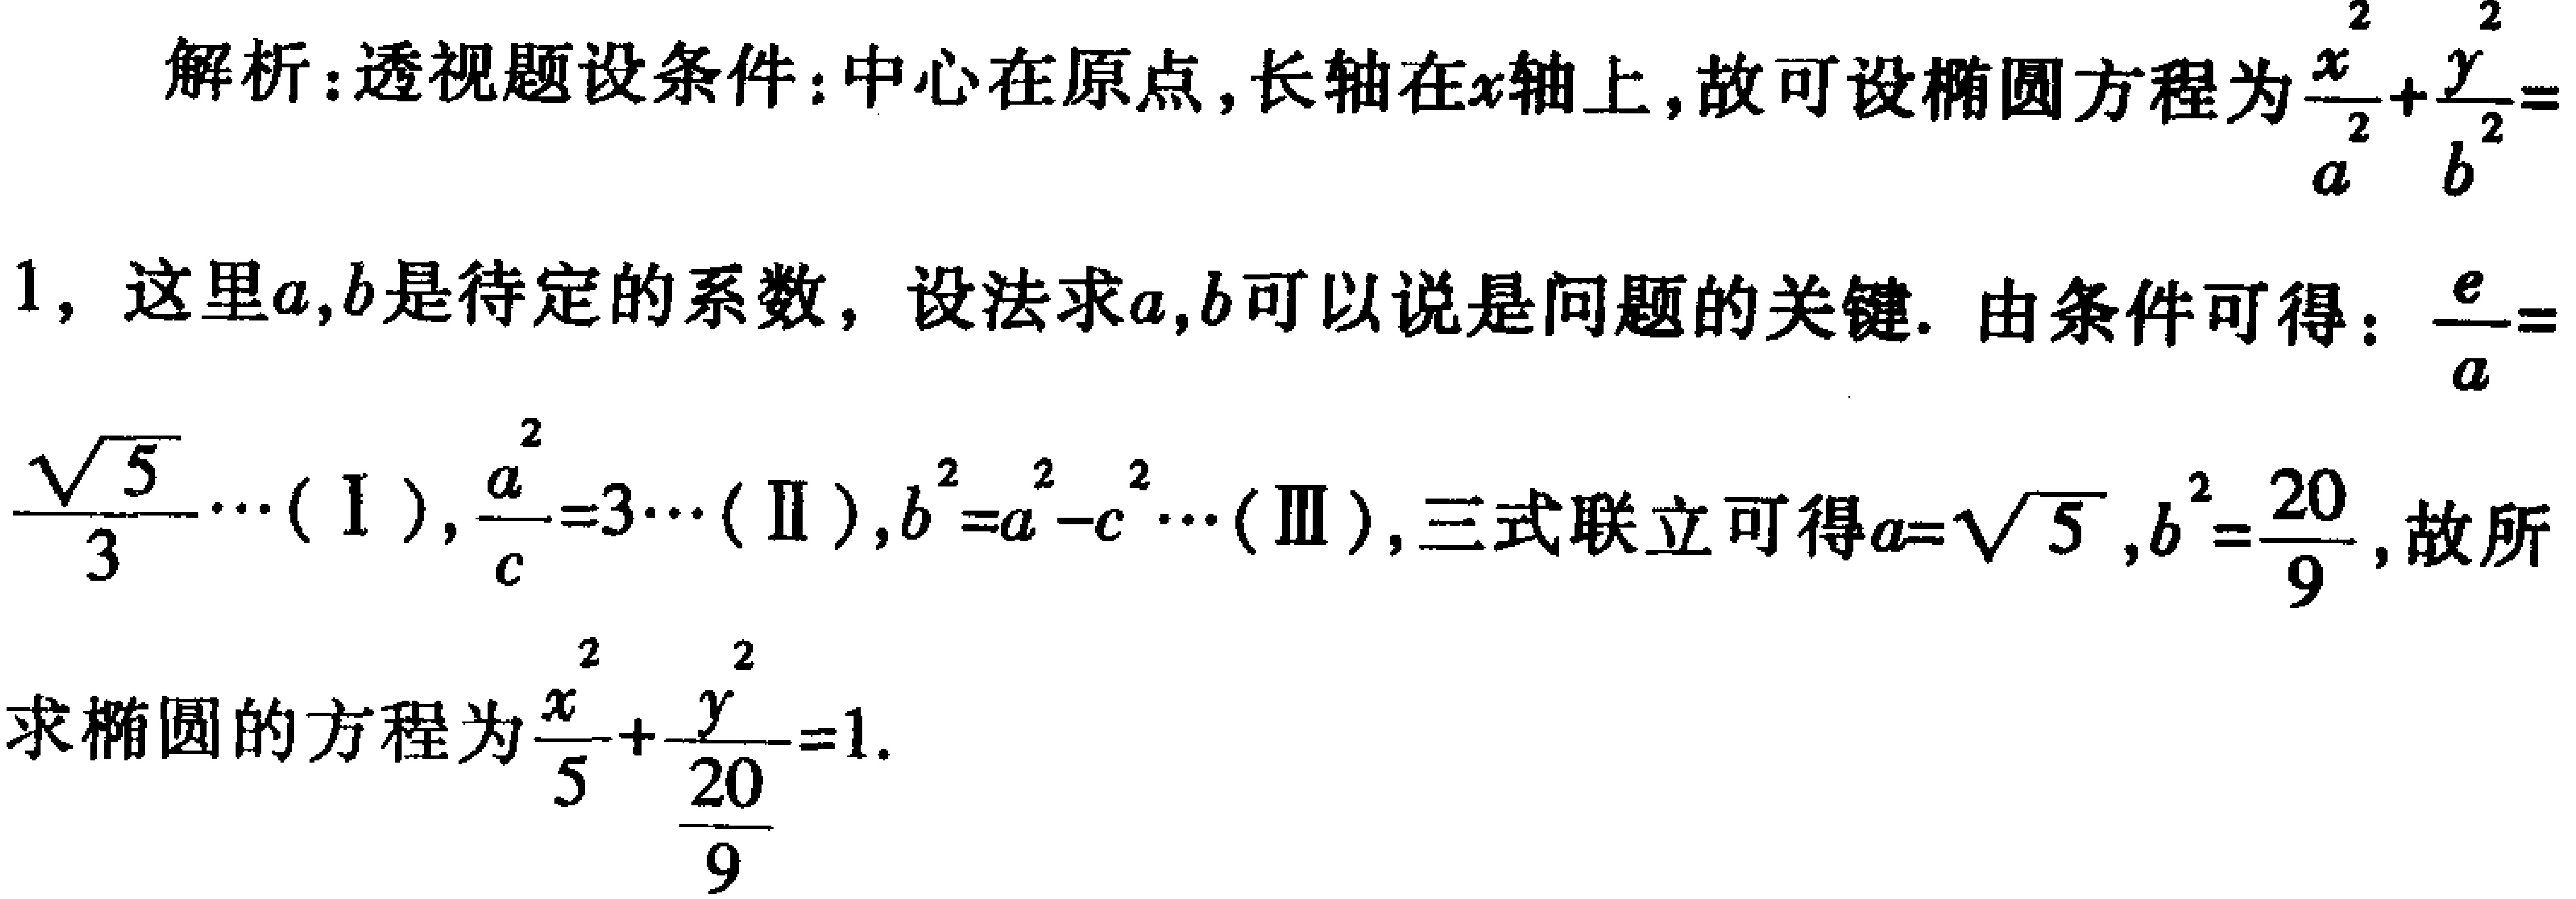
解析：透视题设条件：中心在原点，长轴在\(x\)轴上，故可设椭圆方程为\(\frac{x^{2}}{a^{2}}+\frac{y^{2}}{b^{2}} = 1\)，这里\(a,b\)是待定的系数，设法求\(a,b\)可以说是问题的关键. 由条件可得：\(\frac{e}{a}=\frac{\sqrt{5}}{3}\cdots(\text{I})\)，\(\frac{a^{2}}{c}=3\cdots(\text{II})\)，\(b^{2}=a^{2}-c^{2}\cdots(\text{III})\)，三式联立可得\(a = \sqrt{5}\)，\(b^{2}=\frac{20}{9}\)，故所求椭圆的方程为\(\frac{x^{2}}{5}+\frac{y^{2}}{\frac{20}{9}} = 1\).